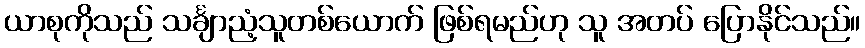
ယာစုကိုသည် သင်္ချာညံ့သူတစ်ယောက် ဖြစ်ရမည်ဟု သူ အတပ် ပြောနိုင်သည်။